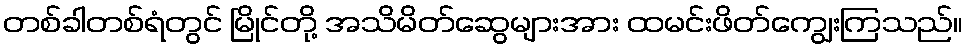
တစ်ခါတစ်ရံတွင် မြိုင်တို့ အသိမိတ်ဆွေများအား ထမင်းဖိတ်ကျွေးကြသည်။